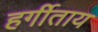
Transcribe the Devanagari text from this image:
हर्गीताय